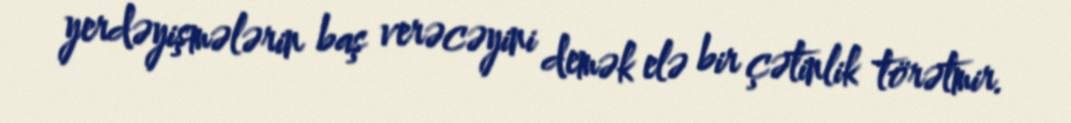
yerdəyişmələrin baş verəcəyini demək elə bir çətinlik törətmir.